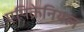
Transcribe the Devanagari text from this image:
एपिक्रेनियल